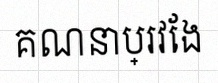
គណនាប្រវែង